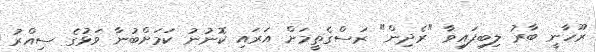
ރޫހާނީ ބާރު ލިބިފައިވާ "ރެދިން" ރަސްގެތީމަށް އަރައި ކޮނުނު ކަމަށްބުނާ ވަޅުގެ ސިއްރު